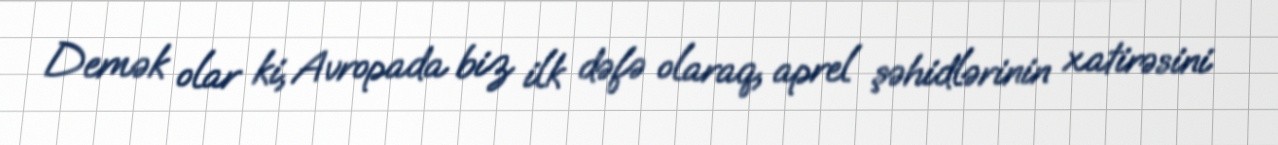
Demək olar ki, Avropada biz ilk dəfə olaraq, aprel şəhidlərinin xatirəsini